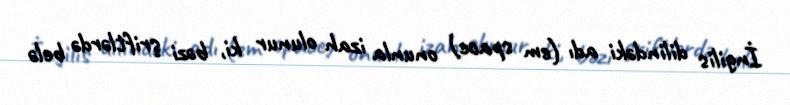
İngilis dilindəki adı (em space) onunla izah olunur ki, bəzi şriftlərdə belə